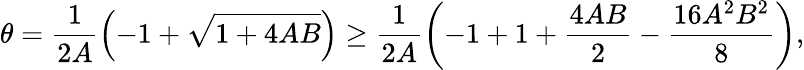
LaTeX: \theta=\frac 1{2A}\left(-1+\sqrt{1+4AB}\right)\geq\frac 1{2A}\left(-1+1+\frac{4AB}{2}-\frac{16A^{2}B^{2}}{8}\right),